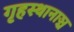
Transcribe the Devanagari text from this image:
गृहस्थानाञ्च